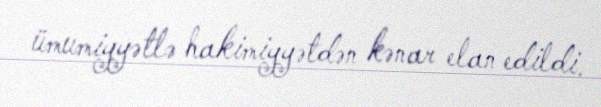
ümumiyyətlə hakimiyyətdən kənar elan edildi.